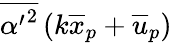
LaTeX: \overline{{{\alpha^{\prime}}^{2}}}\left(k\overline{{x}}_{p}+\overline{{u}}_{p}\right)